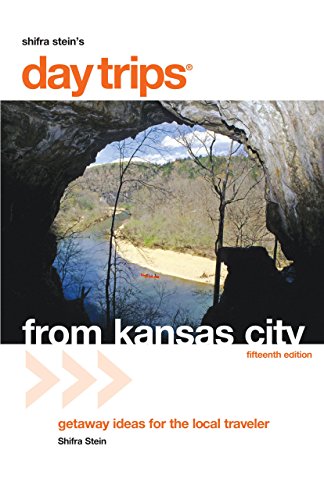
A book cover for Day Trips from Kansas City, 15th: Getaway Ideas for the Local Traveler (Day Trips Series); Shifra Stein; Travel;